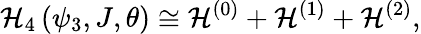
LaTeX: \mathcal{H}_{4}\left(\psi_{3},J,\theta\right)\cong\mathcal{H}^{\left(0\right)}+\mathcal{H}^{\left(1\right)}+\mathcal{H}^{\left(2\right)},